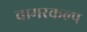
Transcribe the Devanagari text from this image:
चामरकल्प